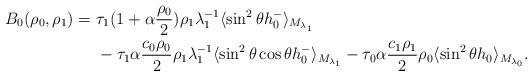
LaTeX: \begin{align*}B_{0}(\rho_0,\rho_1) =\ & \tau_1(1+\alpha\frac{\rho_0}{2})\rho_1\lambda_1^{-1}\langle\sin^2\theta h_0^-\rangle_{M_{\lambda_1}}\\ &- \tau_1\alpha \frac{c_0\rho_0}{2}\rho_1\lambda_1^{-1}\langle\sin^2\theta\cos\theta h_0^-\rangle_{M_{\lambda_1}} - \tau_0\alpha \frac{c_1\rho_1}{2}\rho_0\langle\sin^2\theta h_0\rangle_{M_{\lambda_0}}.\end{align*}